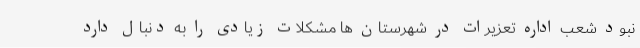
نبود شعب اداره تعزیرات در شهرستان ها مشکلات زیادی را به دنبال دارد